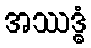
အဿဒ္ဓံ